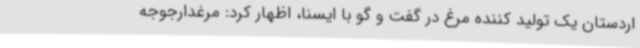
اردستان یک تولید کننده مرغ در گفت و گو با ایسنا، اظهار کرد: مرغدارجوجه